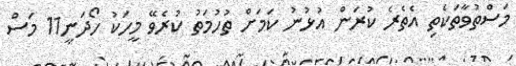
މަސްތުވާތަކެތި އެތެރެ ކުރަން އުޅުނު ކަމަށް ތުހުމަތު ކުރެވޭ މީހަކު ހޯދަނީ11 މަސް